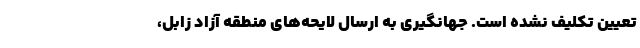
تعیین تکلیف نشده است. جهانگیری به ارسال لایحه‌های منطقه آزاد زابل،